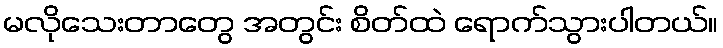
မလိုသေးတာတွေ အတွင်း စိတ်ထဲ ရောက်သွားပါတယ်။